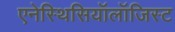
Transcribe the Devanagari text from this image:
एनेस्थिसियॉलॉजिस्ट